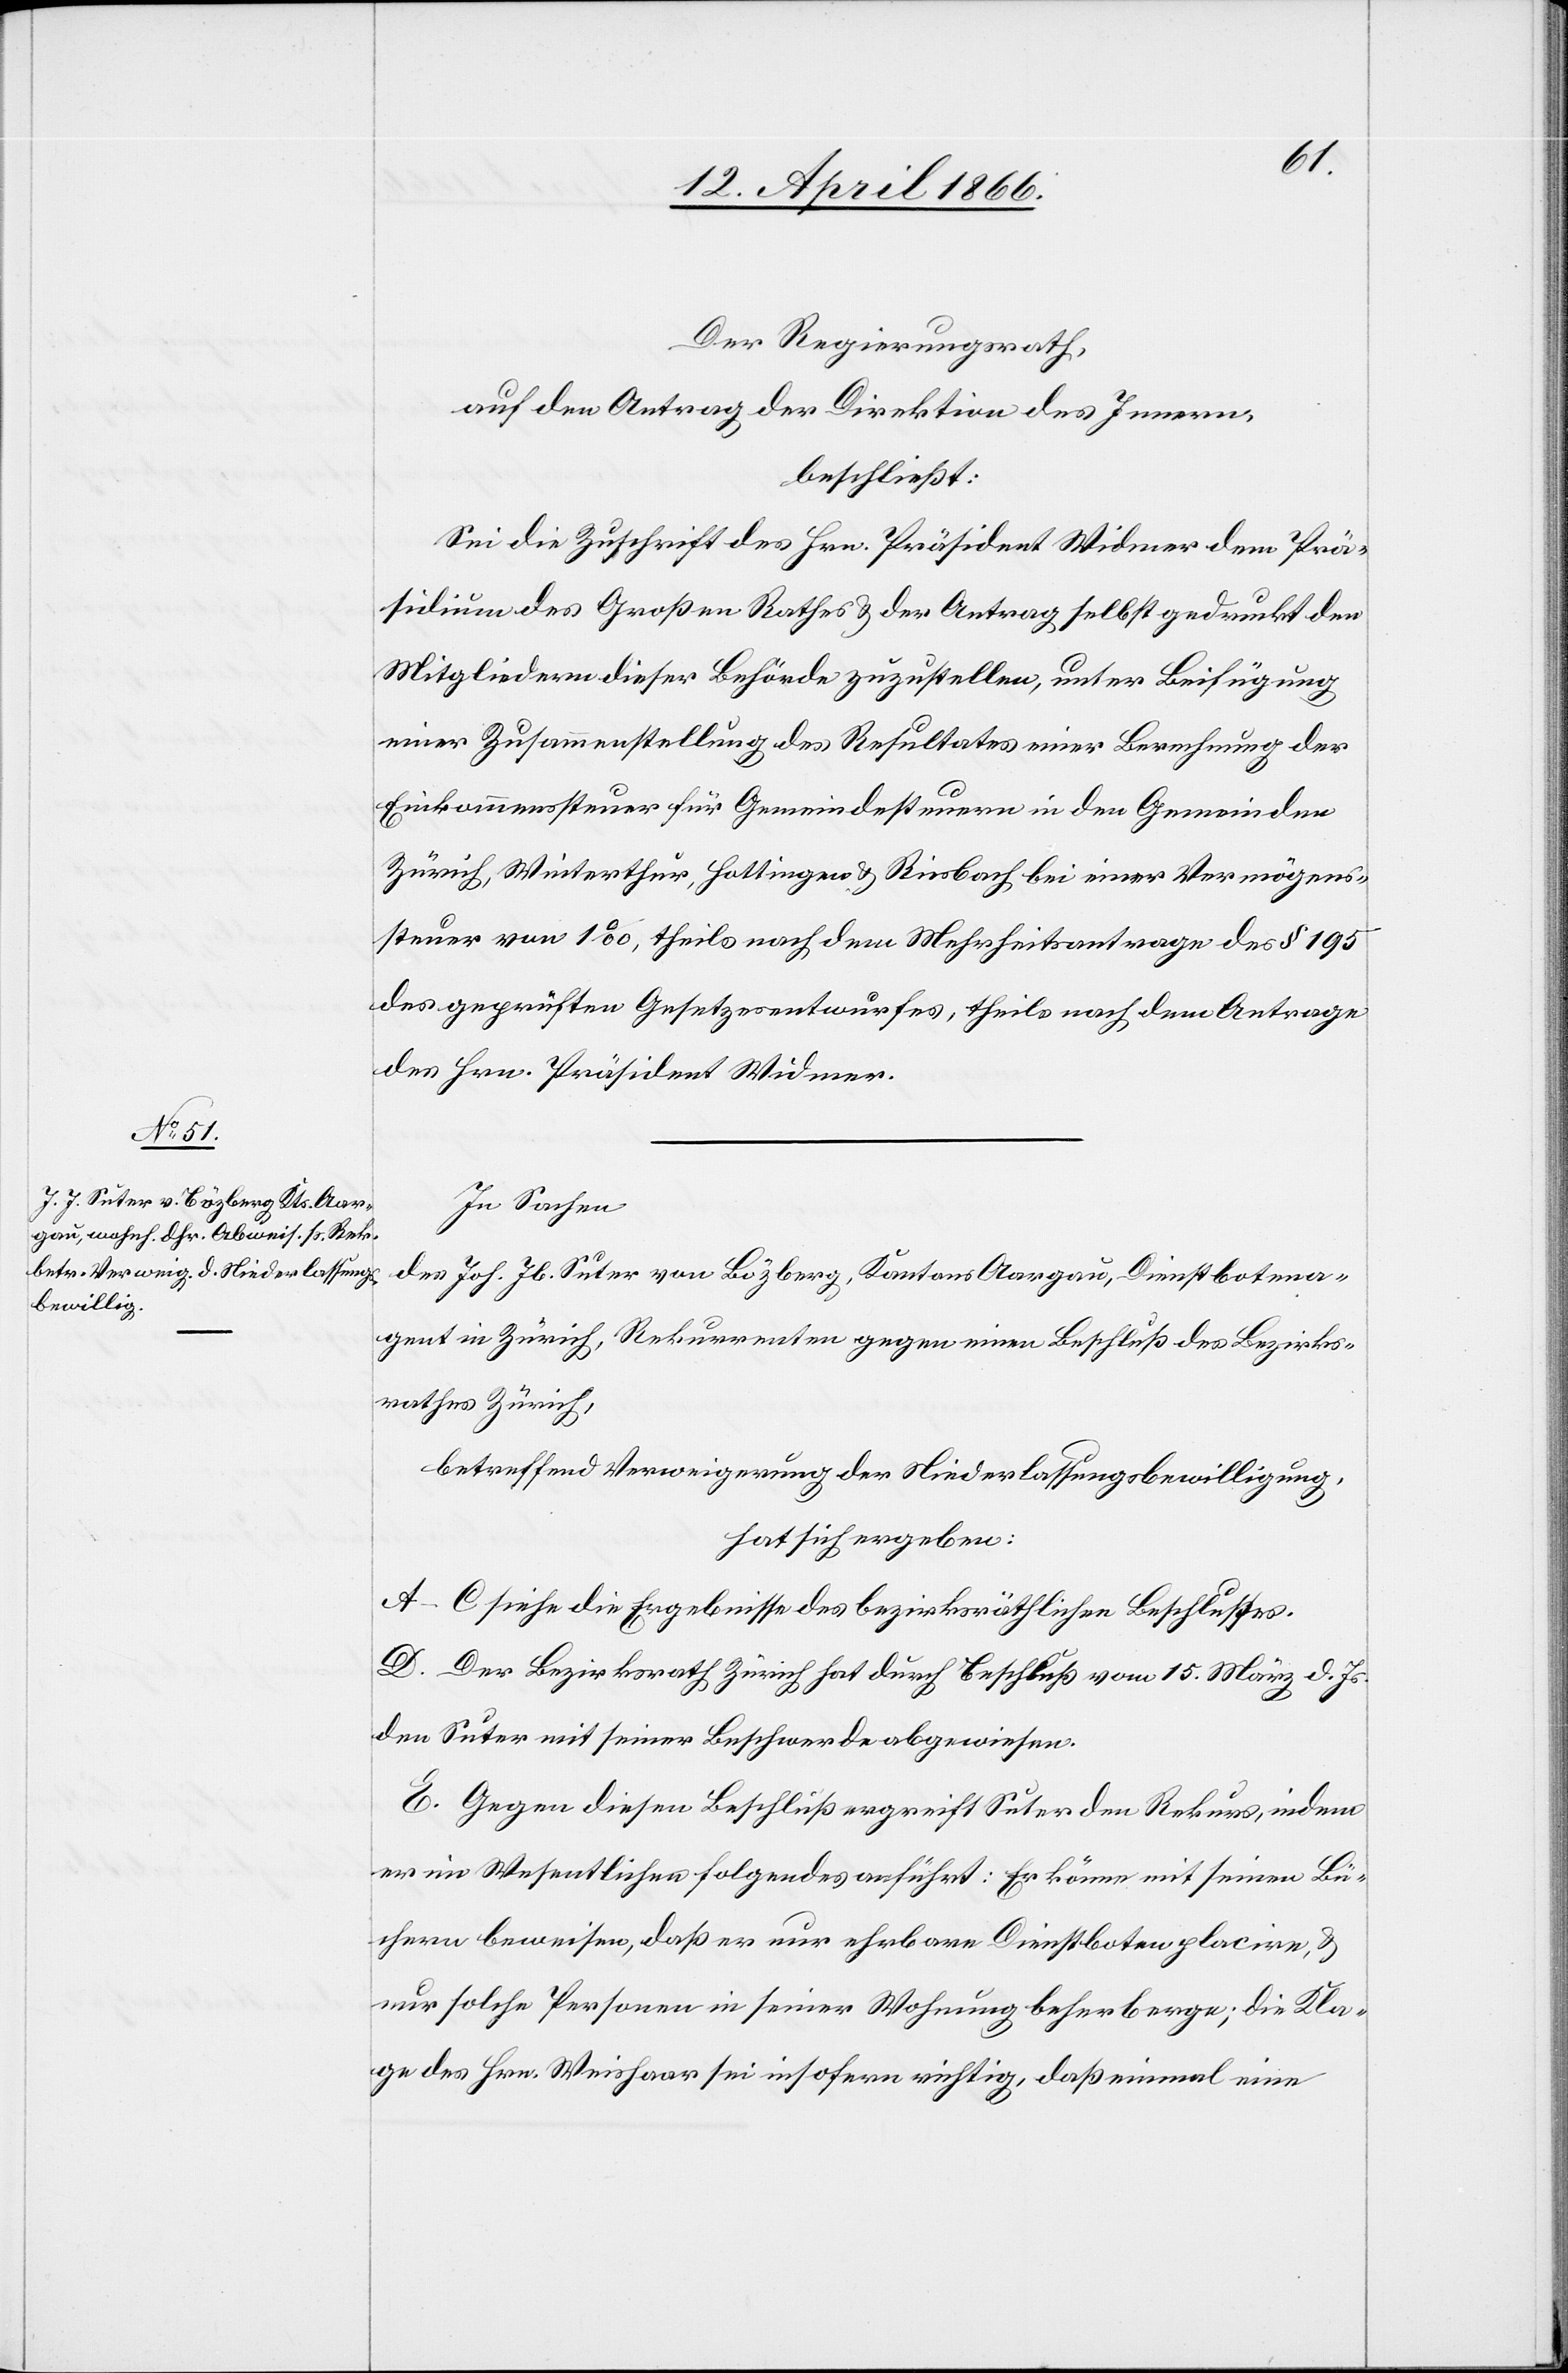
Der Regierungsrath,
auf den Antrag der Direktion des Innern,
beschließt:
Sei die Zuschrift des Hrn. Präsident Widmer dem Prä¬
sidenten des Großen Rathes u. der Antrag selbst gedruckt den
Mitgliedern dieser Behörde zuzustellen, unter Beifügung
einer Zusammenstellung des Resultates einer Berechnung der
Einkommenssteuer für Gemeindesteuern in den Gemeinden
Zürich, Winterthur, Hottingen u. Riesbach, bei einer Vermögens¬
steuer von 1 ‰, theils nach dem Mehrheitsantrage des § 195
des geprüften Gesetzesentwurfes, theils nach dem Antrage
des Hrn. Präsident Widmer.
In Sachen
des Joh. Jb. Suter von Bozberg, Kantons Aargau, Dienstbotena¬
gent in Zürich, Rekurrent gegen einen Beschluß des Bezirks¬
rathes Zürich,
betreffend Verweigerung der Niederlassungsbewilligung,
hat sich ergeben:
A–C siehe die Ergebnisse des bezirksräthlichen Beschlusses.
D. Der Bezirksrath Zürich hat durch Beschluß vom 15. März d. Js.
den Suter mit seiner Beschwerde abgewiesen.
E. Gegen diesen Beschluß ergreift Suter den Rekurs, indem
er im Wesentlichen folgendes anführt: Er könne mit seinen Bü¬
chern beweisen, daß er nur ehrbare Dienstboten placire u.
nur solche Personen in seiner Wohnung beherberge; die Kla¬
ge des Hrn. Weishaar sei insofern richtig, daß einmal eine